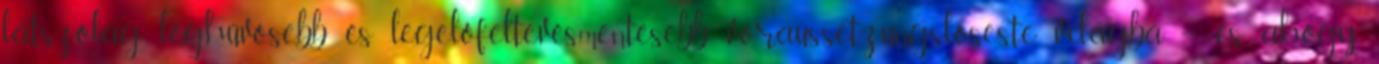
látszólag leghűvösebb és legelőfeltevésmentesebb voraussetzungsloseste világba – és, ahogy